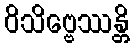
ဝိသိဗ္ဗေဿန္တိ